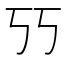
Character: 𰀇